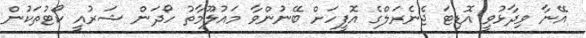
އޭނާ ވިދާޅުވީ އޮޑިޓަ ޖެނެރަލްގެ އޮފީހަށް ބޭނުންވާ މައުލޫމާތު ހޯދަން ޝަރުއީ ކޯޓުތަކުން